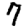
Digit: 7